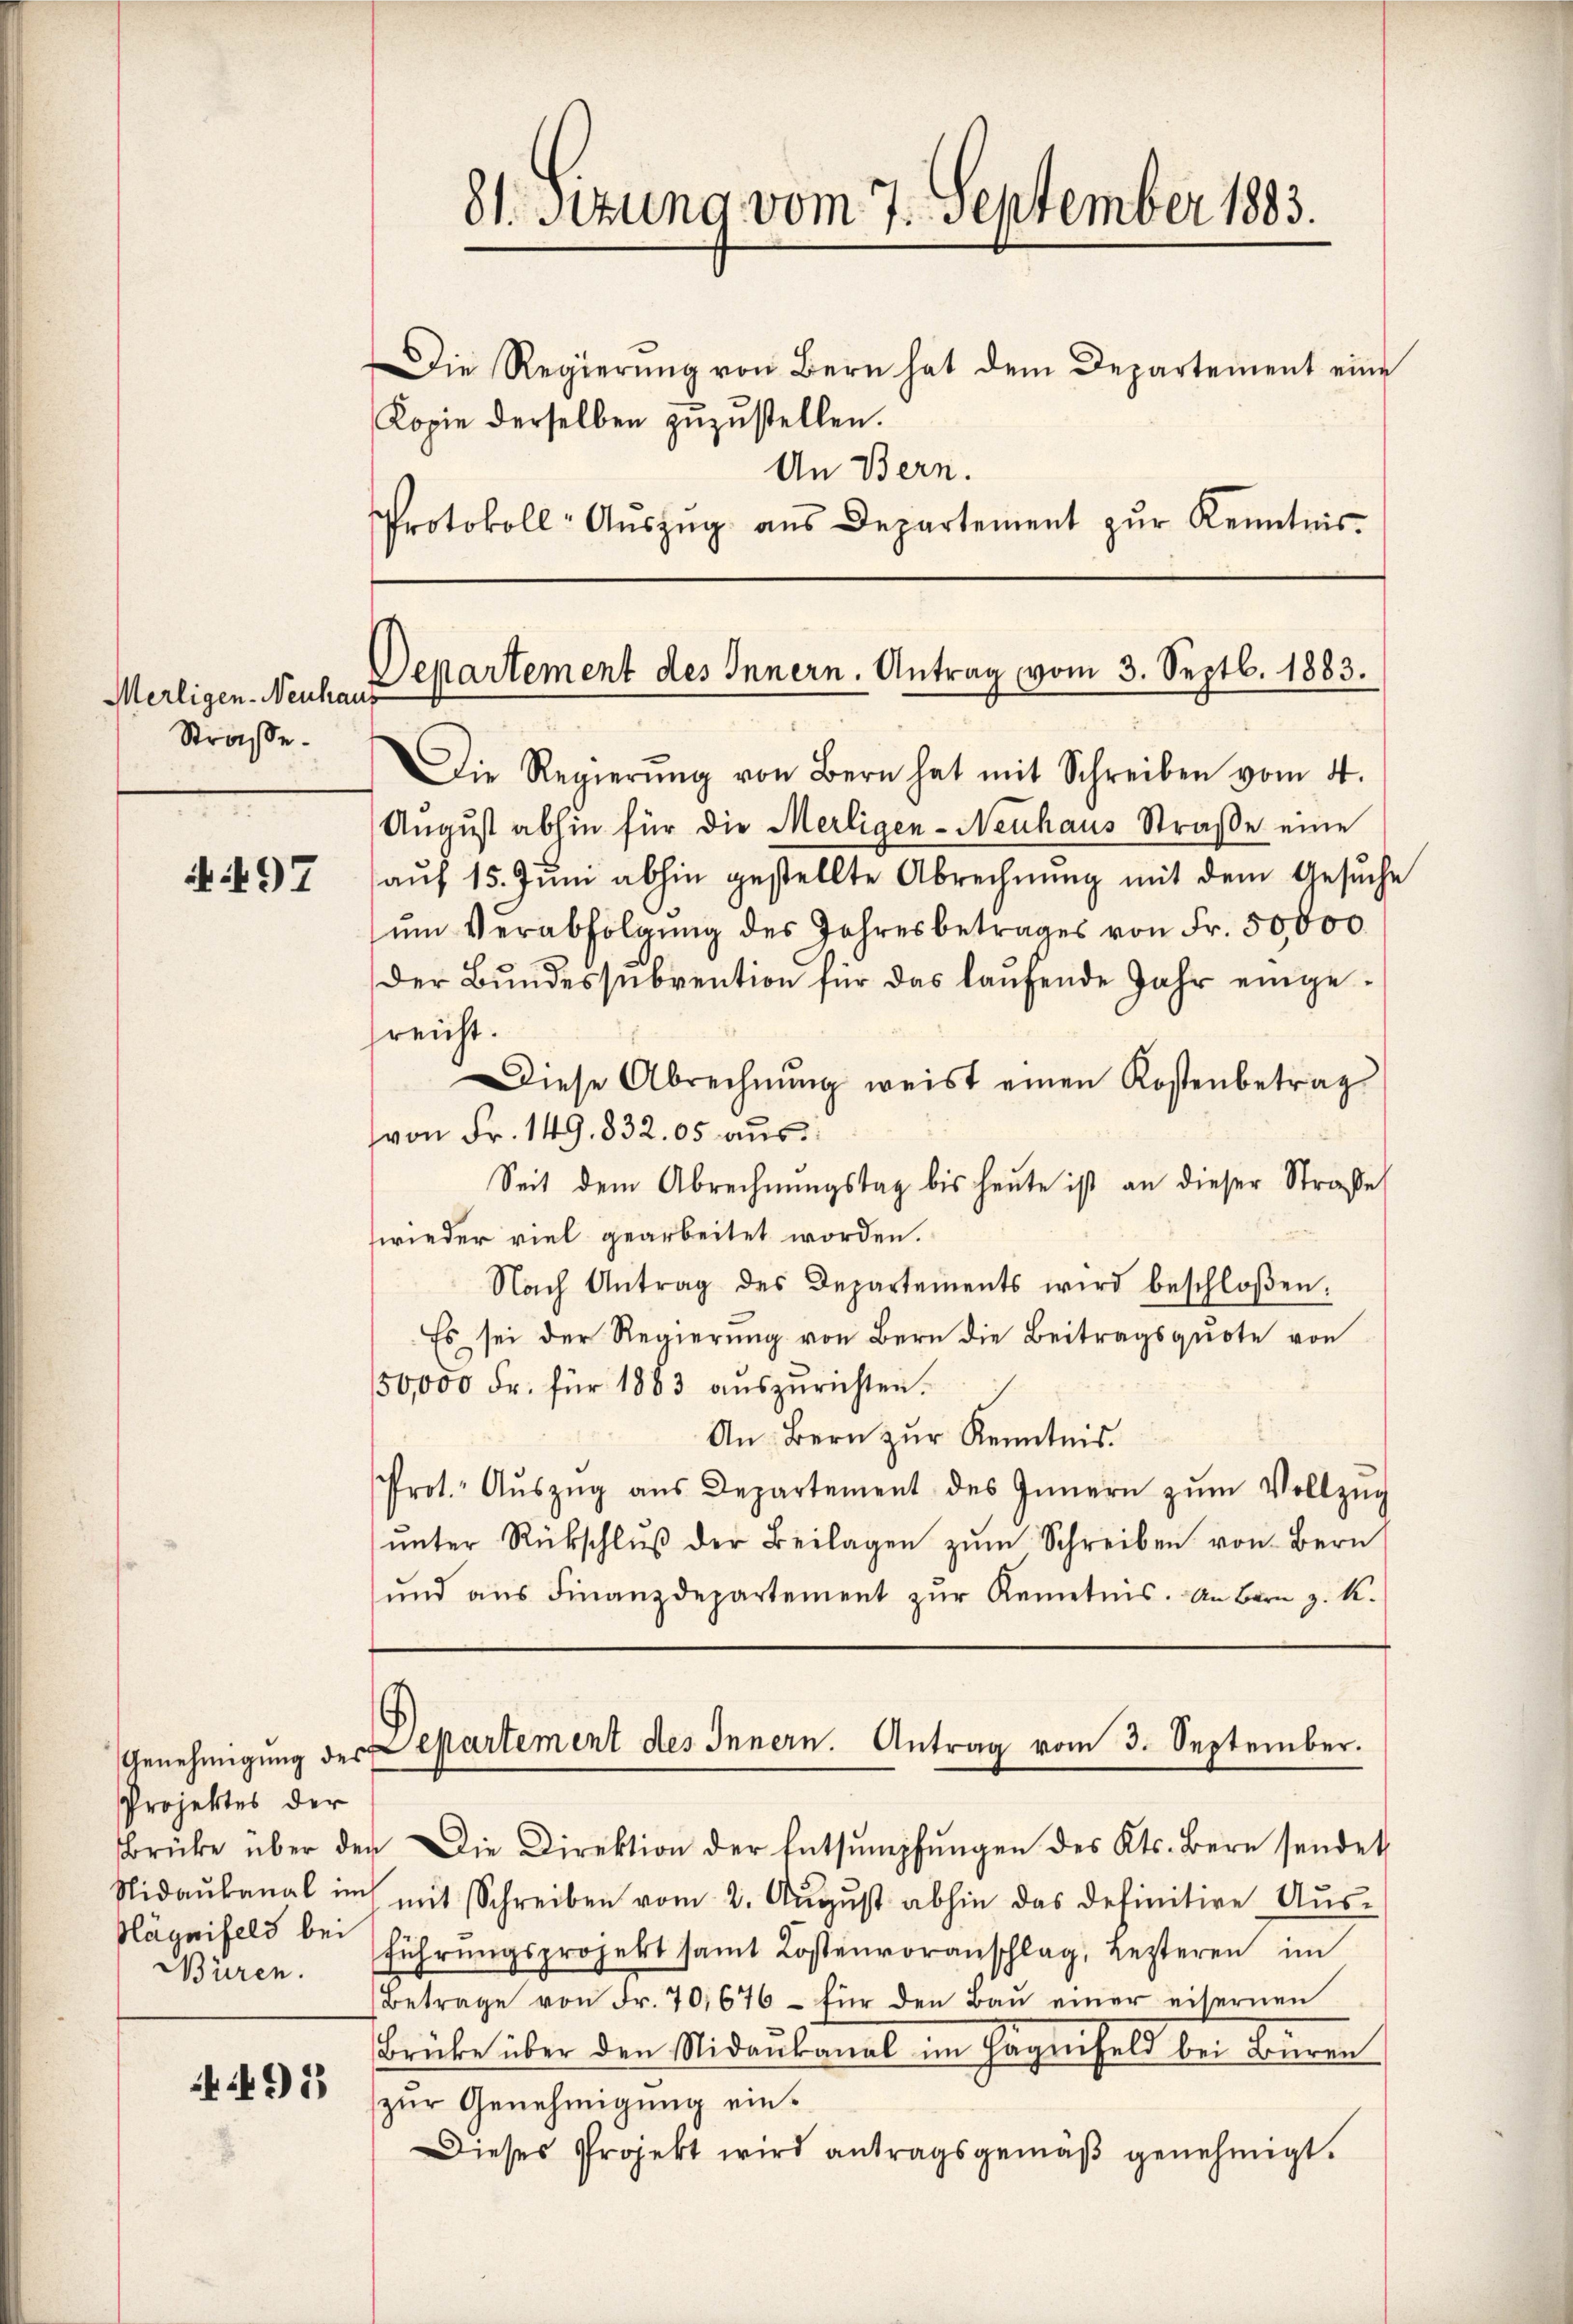
if. 97

Projektes der
Nägnifels bei
Büren.

91)

Merligen-Neuhaus
Strasse.

Kopie derselben zuzustellen.
An Bern.
Protokoll-Aŭszŭg aŭs Departement zŭr Kenntnis.

81. Sitzung vom 7. September 1883.

Die Regierŭng von Bern hat dem Departement eine

Departement des Innern. Antrag vom 3. Septb. 1883.

Die Regierŭng von Bern hat mit Schreiben vom 4.
Aŭgŭst abhin für die Merligen-Neuhaus Straβe eine
aŭf 15. Jŭni abhin gestellte Abrechnŭng mit dem Gesŭche
ŭm Verabfolgŭng des Jahresbetrages von Fr. 50,000
Der Bundessubvention für das laufende Jahr eingesreicht.
Diese Abrechnŭng weist einen Kostenbetrag
von Fr. 149. 832. 05 aŭs:
Seit dem Abrechnungstag bis heute ist an dieser Straße
wieder viel gearbeitet worden.
Nach Antrag des Departements wird beschloßen:
Es sei der Regierung von Bern die Beitragsquote von
150,000 Fr. für 1883 auszurichten.
An Bern zur Kenntnis.
Prot. Aŭszŭg aŭs Departement des Innern zŭm Vollzŭg
ŭnter Rückschlŭβ der Beilagen zŭm Schreiben von Bern
ŭnd ans Finanzdepartement zŭr Kenntnis. An Bern z. K.

Genehmigung der Departement des Innern. Antrag vom 3. September.

Brücke über der Die Direktion der Entsumpfŭngen des Kts. Bern sendet
Nidaŭbanal im mit Schreiben vom 2. Aŭgŭst abhin das definitive Aŭs-
führŭngsprojekt samt Kostenvoranschlag, Lezteren im
Betrage von Fr. 70, 676 - für den Bau einer eisernen
Brüke über den Nidaubanal im Fägnisels bei Fouren
zŭr Genehmigung ein¬
Dieses Projekt wird antragsgemäß genehmigt.